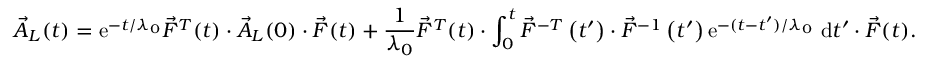
\vec { A } _ { L } ( t ) = \mathrm { e } ^ { - t / \lambda _ { 0 } } \vec { F } ^ { T } ( t ) \cdot \vec { A } _ { L } ( 0 ) \cdot \vec { F } ( t ) + \frac { 1 } { \lambda _ { 0 } } \vec { F } ^ { T } ( t ) \cdot \int _ { 0 } ^ { t } \vec { F } ^ { - T } \left( t ^ { \prime } \right) \cdot \vec { F } ^ { - 1 } \left( t ^ { \prime } \right) \mathrm { e } ^ { - ( t - t ^ { \prime } ) / \lambda _ { 0 } } ~ \mathrm { d } t ^ { \prime } \cdot \vec { F } ( t ) .